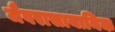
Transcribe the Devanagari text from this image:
जैवरासायानिक